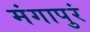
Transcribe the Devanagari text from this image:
मंगापुरं